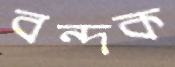
বন্দক